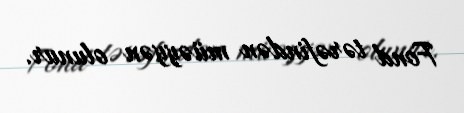
Fond tərəfindən müəyyən olunur.